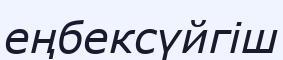
еңбексүйгіш